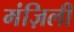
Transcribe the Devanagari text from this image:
मंज़िली